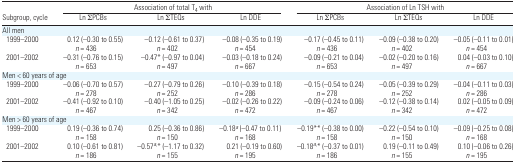
<table><thead><tr><td></td><td colspan="3"><b>Association of total T<sub>4</sub> with</b></td><td colspan="3"><b>Association of Ln TSH with</b></td></tr><tr><td><b>Subgroup, cycle</b></td><td><b>Ln ∑PCBs</b></td><td><b>Ln ∑TEQs</b></td><td><b>Ln DDE</b></td><td><b>Ln ∑PCBs</b></td><td><b>Ln ∑TEQs</b></td><td><b>Ln DDE</b></td></tr></thead><tbody><tr><td colspan="7">All men</td></tr><tr><td> 1999–2000</td><td>0.12 (−0.30 to 0.55) <i>n</i> = 436</td><td>−0.12 (−0.61 to 0.37) <i>n</i> = 402</td><td>−0.08 (−0.35 to 0.19) <i>n</i> = 454</td><td>−0.17 (−0.45 to 0.11) <i>n</i> = 436</td><td>−0.09 (−0.38 to 0.20) <i>n</i> = 402</td><td>−0.05 (−0.11 to 0.01) <i>n</i> = 454</td></tr><tr><td> 2001–2002</td><td>−0.31 (−0.76 to 0.15) <i>n</i> = 653</td><td>−0.47* (−0.97 to 0.04) <i>n</i> = 497</td><td>−0.03 (−0.18 to 0.24) <i>n</i> = 667</td><td>−0.09 (−0.21 to 0.04) <i>n</i> = 653</td><td>−0.02 (−0.20 to 0.16) <i>n</i> = 497</td><td>0.04 (−0.03 to 0.10) <i>n</i> = 667</td></tr><tr><td colspan="7">Men &lt; 60 years of age</td></tr><tr><td> 1999–2000</td><td>−0.06 (−0.70 to 0.57) <i>n</i> = 278</td><td>−0.27 (−0.79 to 0.26) <i>n</i> = 252</td><td>−0.10 (−0.39 to 0.18) <i>n</i> = 286</td><td>−0.15 (−0.54 to 0.24) <i>n</i> = 278</td><td>−0.05 (−0.39 to 0.29) <i>n</i> = 252</td><td>−0.04 (−0.11 to 0.03) <i>n</i> = 286</td></tr><tr><td> 2001–2002</td><td>−0.41 (−0.92 to 0.10) <i>n</i> = 467</td><td>−0.40 (−1.05 to 0.25) <i>n</i> = 342</td><td>−0.02 (−0.26 to 0.22) <i>n</i> = 472</td><td>−0.09 (−0.24 to 0.06) <i>n</i> = 467</td><td>−0.12 (−0.38 to 0.14) <i>n</i> = 342</td><td>0.02 (−0.05 to 0.09) <i>n</i> = 472</td></tr><tr><td colspan="7">Men &gt; 60 years of age</td></tr><tr><td> 1999–2000</td><td>0.19 (−0.36 to 0.74) <i>n</i> = 158</td><td>0.25 (−0.36 to 0.86) <i>n</i> = 150</td><td>−0.18a (−0.47 to 0.11) <i>n</i> = 168</td><td>−0.19** (−0.38 to 0.00) <i>n</i> = 158</td><td>−0.22 (−0.54 to 0.10) <i>n</i> = 150</td><td>−0.09 (−0.25 to 0.08) <i>n</i> = 168</td></tr><tr><td> 2001–2002</td><td>0.10 (−0.61 to 0.81) <i>n</i> = 186</td><td>−0.57a,* (−1.17 to 0.32) <i>n</i> = 155</td><td>0.21 (−0.19 to 0.60) <i>n</i> = 195</td><td>−0.18a,* (−0.37 to 0.01) <i>n</i> = 186</td><td>0.19 (−0.11 to 0.49) <i>n</i> = 155</td><td>0.10 (−0.06 to 0.26) <i>n</i> = 195</td></tr></tbody></table>